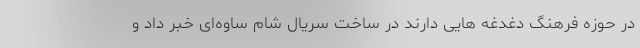
در حوزه فرهنگ دغدغه هایی دارند در ساخت سریال شام ساوه‌ای خبر داد و